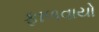
ફાળવાયો